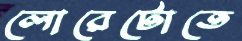
লোরেটোতে